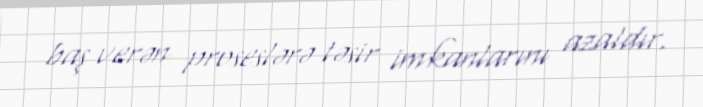
baş verən proseslərə təsir imkanlarını azaldır.